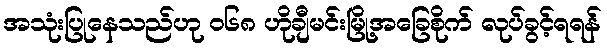
အသုံးပြုနေသည်ဟု ၀၆၈ ဟိုချီမင်းမြို့အခြေစိုက် လုပ်ခွင့်ရရန်